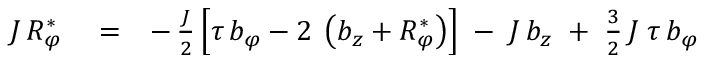
\begin{array} { r l r } { J \, { \cal R } _ { \varphi } ^ { * } } & { { } = } & { - \, \frac { J } { 2 } \left[ \tau \, b _ { \varphi } - 2 \frac { } { } \left( b _ { z } + { \cal R } _ { \varphi } ^ { * } \right) \right] \; - \; J \, b _ { z } \; + \; \frac { 3 } { 2 } \, J \; \tau \, b _ { \varphi } } \end{array}